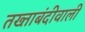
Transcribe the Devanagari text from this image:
तख्ताबंदीवाली